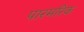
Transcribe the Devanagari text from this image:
पारमरिक